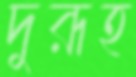
দুরূহ